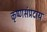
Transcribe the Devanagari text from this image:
कृष्णसंप्रदाय